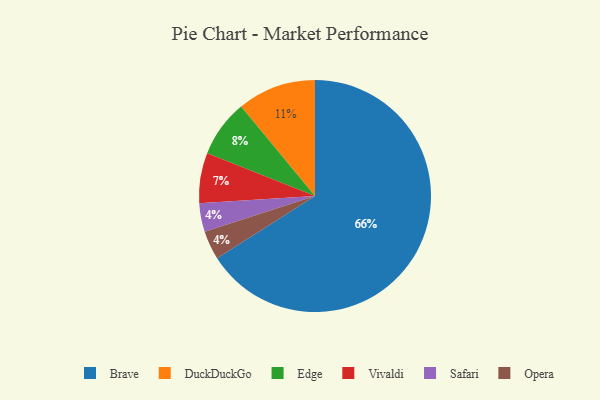
{"axis": {"x": "Category", "y": "Percentage"}, "legend": ["Brave", "DuckDuckGo", "Edge", "Opera", "Safari", "Vivaldi"], "data": [{"x": "Edge", "y": 8, "type": "Edge"}, {"x": "DuckDuckGo", "y": 11, "type": "DuckDuckGo"}, {"x": "Safari", "y": 4, "type": "Safari"}, {"x": "Opera", "y": 4, "type": "Opera"}, {"x": "Brave", "y": 66, "type": "Brave"}, {"x": "Vivaldi", "y": 7, "type": "Vivaldi"}]}